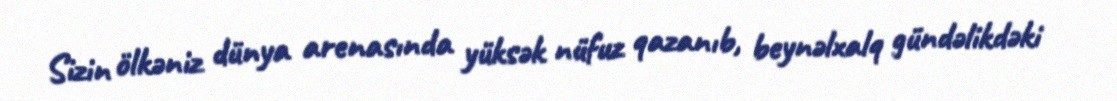
Sizin ölkəniz dünya arenasında yüksək nüfuz qazanıb, beynəlxalq gündəlikdəki